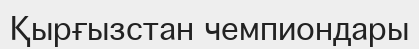
Қырғызстан чемпиондары